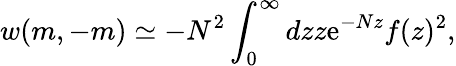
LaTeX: w(m,-m)\simeq-N^{2}\int_{0}^{\infty}dzz\mathrm{e}^{-Nz}f(z)^{2},